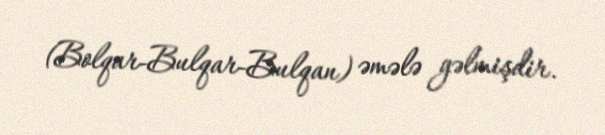
(Bolqar-Bulqar-Bulqan) əmələ gəlmişdir.